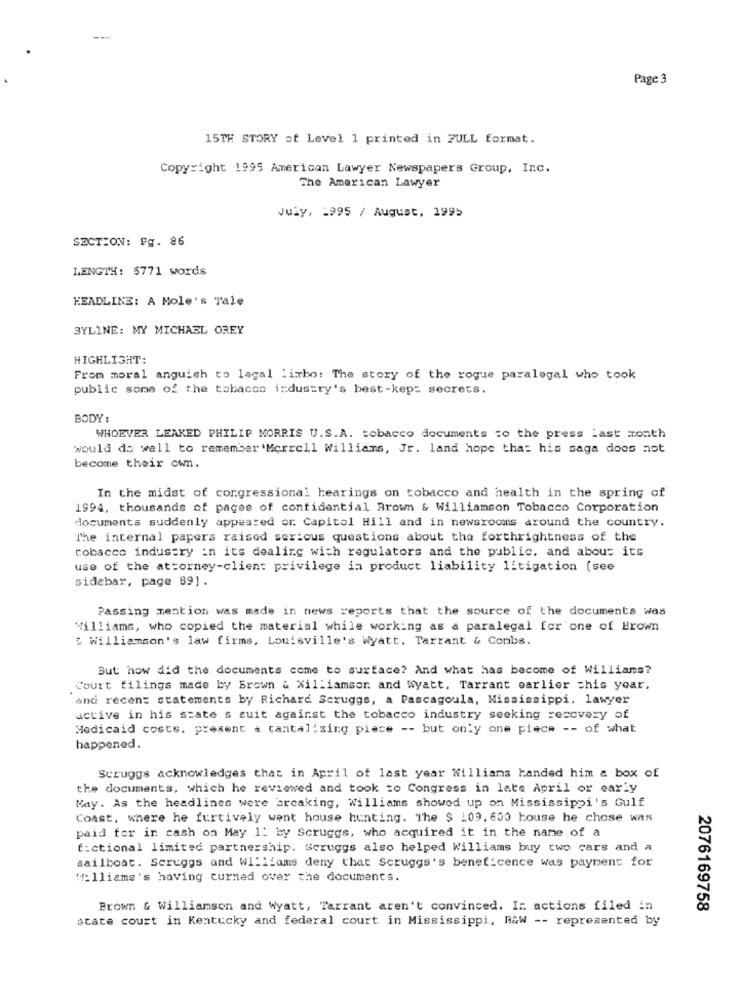
Page 3
15TH STORY of Level 1 printed in FULL format.
Copyright 1995 American Lawyer Newspapers Group, Inc.
The American Lawyer
July, 1995 / August, 1995
SECTION: Pg. 86
LENGTH: 5771 words
HEADLINE: A Mole's Tale
BYLINE: MY MICHAEL OREY
HIGHLIGHT:
From moral anguish to lagal limbo: The story of the roque paralegal who took
public some of the tobacco industry's best-keps secrets.
BODY:
WHOEVER LEAKED PHILIP MORRIS U.S.A. tobacco documents to the press Last month
would do well to remember 'Morrell Williams, Jr. land hope that his saga does not
become their own.
In the midst of congressional hearings on tobacco and health in the spring of
1994, thousands of pages of confidential Brown & Williamson Tobacco Corporation
documents suddenly appeared or Capitol Hill and in newsrooms around the country.
The internal papers raised serious questions about the forthrightness of the
tobacco industry in its dealing with regulators and the public. and about its
use of the attorney-client privilege in product liability litigation (see
sidebar, page 89].
Passing mention was made in news reports that the source of the documents was
Williams, who copied the material while working as a paralegal for one of Brown
& Williamson's law firms, Louisville's Wyatt. Tarrant & Combs.
But how did the documents come to surface? And what has become of Williams?
Court filings made by Brown & Williamson and wyatt. Tarrant earlier this year.
and recent statements by Richard. Scruggs, a Pascagoula, Mississippi, lawyer
active in his state s suit against the tobacco industry seeking recovery of
Medicaid costs, present a tantalizing piece -- but only one piece -- of what
happened.
Scruggs acknowledges that in April of last year Williams handed him & box of
the documents, which he reviewed and took :o Congress in late April or early
May. As the headlines were breaking, Williams showed up on Mississippi's Gulf
Coast, where he furtively went house hunting. The $ 109, 650 house he chose was
paid for in cash on May 1: by Scruggs, who acquired it in the name of a
f:ctional limited partnership. Scruggs also helped Williams buy two cars and a
sailboat. Scruggs and Williams deny that Scruggs's beneficence was payment for
Williams's having turned over the documents.
Brown & Williamson and Wyatt, Tarrant aren't convinced. It. actions filed in
2076169758
state court in Kentucky and federal court in Mississippi, B&W -- represented by